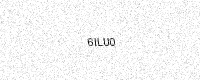
Text: 6ILU0